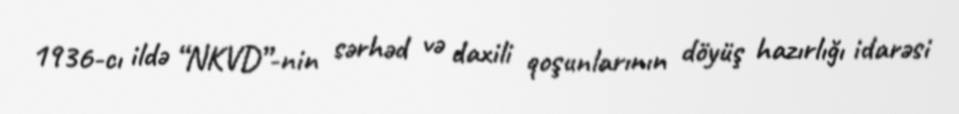
1936-cı ildə “NKVD”-nin sərhəd və daxili qoşunlarının döyüş hazırlığı idarəsi